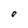
Character: O